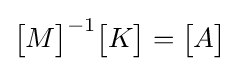
{\begin{bmatrix}M\end{bmatrix}}^{-1}{\begin{bmatrix}K\end{bmatrix}}={\begin{bmatrix}A\end{bmatrix}}